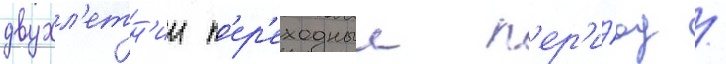
двухл'етн'ии п'ер'еходныи п'ер'и́од /